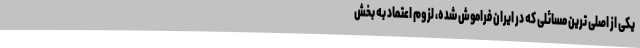
یکی از اصلی ترین مسائلی که در ایران فراموش شده، لزوم اعتماد به بخش